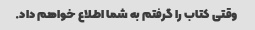
وقتی کتاب را گرفتم به شما اطلاع خواهم داد.